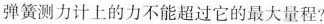
弹簧测力计上的力不能超过它的最大量程?